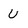
Character: U